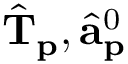
\hat { \mathbf { T } } _ { \mathbf { p } } , \hat { \mathbf { a } } _ { \mathbf { p } } ^ { 0 }